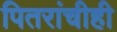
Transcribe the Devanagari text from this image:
पितरांचीही